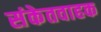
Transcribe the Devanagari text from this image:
संकेतवाहक